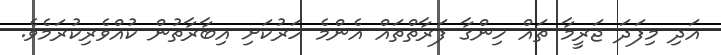
އަދި މިފަދަ ޖަރީމާ ތައް ހިންގާ ފަރާތްތައް އެންމެ ހަރުކަށި އިބާރާތުން ކުއްވެރިކުރަމެވެ.